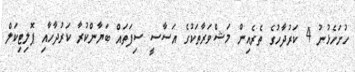
ހުށަހެޅުނު 4 ކަރުދާހުގެ ތެރެއިން މަޝްވަރާތަކުގެ އަސާސީ ސިފަތައް ބަޔާންކުރާ ކަރުދާހާއި ޕޮލިޓިކަލް